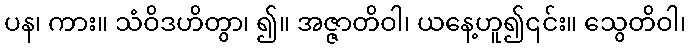
ပန၊ ကား။ သံဝိဒဟိတွာ၊ ၍။ အဇ္ဇာတိဝါ၊ ယနေ့ဟူ၍၎င်း။ သွေတိဝါ၊